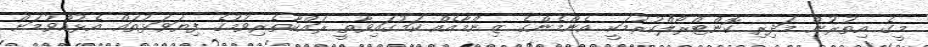
މީގެ އިތުރުން މަދިރި ކޮންޓްރޯލްކުރުމަކީ އެންމެންގެ ޒިންމާއެއް ކަމުގައިވާތީ ރައްކާތެރިވުމުގެ ފިޔަވަޅުތައް އެޅުއްވުމަށް